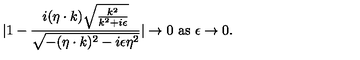
| 1 - { \frac { i ( \eta \cdot k ) \sqrt { { \frac { k ^ { 2 } } { k ^ { 2 } + i \epsilon } } } } { \sqrt { - ( \eta \cdot k ) ^ { 2 } - i \epsilon \eta ^ { 2 } } } } | \to 0 \ \mathrm { a s } \ \epsilon \to 0 .